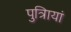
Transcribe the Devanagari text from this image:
पुत्रिायां